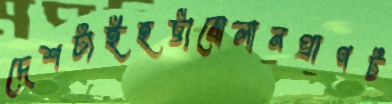
দেশটাইহট্টাবোলানপ্রাণট